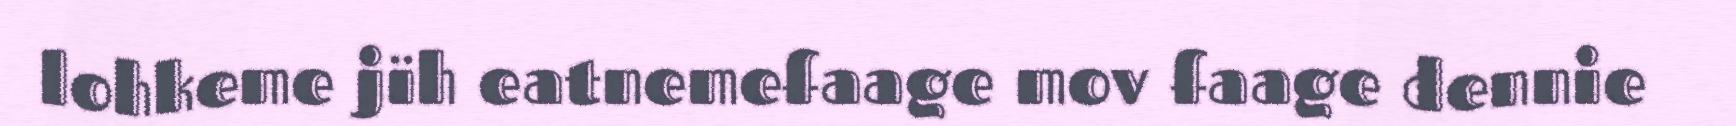
lohkeme jïh eatnemefaage mov faage dennie